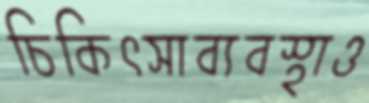
চিকিৎসাব্যবস্থাও